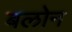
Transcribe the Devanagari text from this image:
बलोन